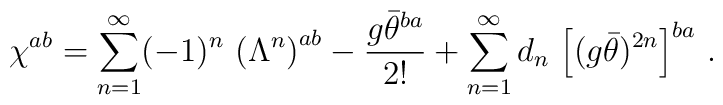
\chi^{ab}=\sum_{n=1}^\infty(-1)^n\,\left(\Lambda^n\right)^{ab}-\frac{g\bar\theta^{ba}}{2!}+\sum_{n=1}^\infty d_n\,\left[(g\bar\theta)^{2n}\right]^{ba}\,.